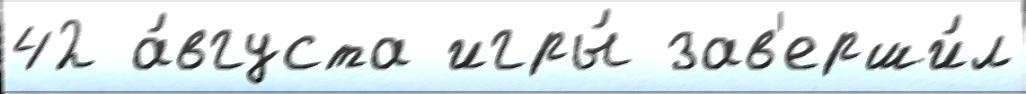
42 а́вгуста игры́ зав'ерши́л